Insane asylums in Bengal annual reports 1867-1875 - 1867-1875
Year: 1867
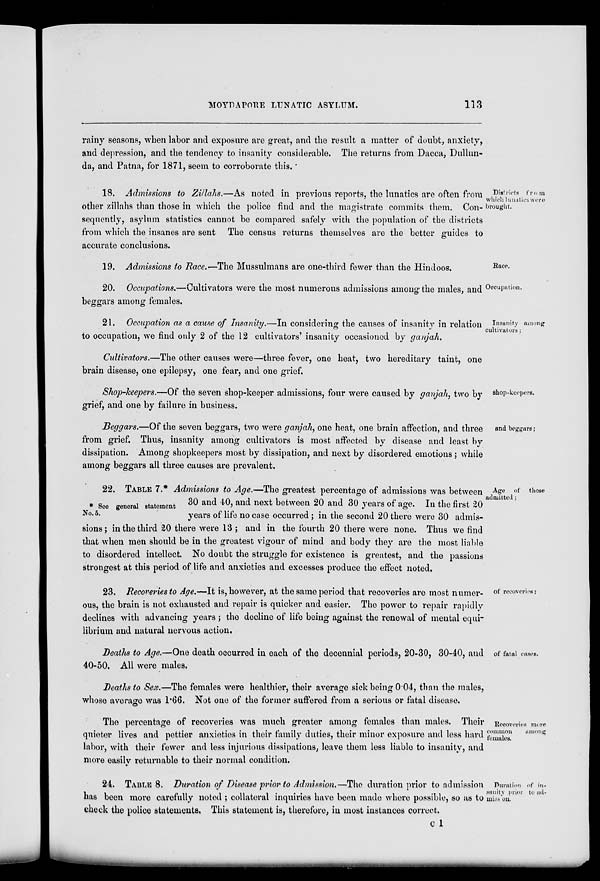
MOYDAPORE LUNATIC ASYLUM.
113
rainy seasons, when labor and exposure are great, and the result a matter of doubt, anxiety,
and depression, and the tendency to insanity considerable. The returns from Dacca, Dullun-
da, and Patna, for 1871, seem to corroborate this.
Districts from
which lunatics were
brought.
18. Admissions to Zillahs.—As noted in previous reports, the lunatics are often from
other zillahs than those in which the police find and the magistrate commits them. Con-
sequently, asylum statistics cannot be compared safely with the population of the districts
from which the insanes are sent The census returns themselves are the better guides to
accurate conclusions.
Race.
19. Admissions to Race.—The Mussulmans are one-third fewer than the Hindoos.
Occupation.
20. Occupations.—Cultivators were the most numerous admissions among' the males, and
beggars among females.
Insanity among
cultivators;
21. Occupation as a cause of Insanity.—In considering the causes of insanity in relation
to occupation, we find only 2 of the 12 cultivators' insanity occasioned by ganjah.
Cultivators.—The other causes were—three fever, one heat, two hereditary taint, one
brain disease, one epilepsy, one fear, and one grief.
shop-keepers.
Shop-keepers.—Of the seven shop-keeper admissions, four were caused by ganjah, two by
grief, and one by failure in business.
and beggars ;
Beggars.—Of the seven beggars, two were ganjah, one heat, one brain affection, and three
from grief. Thus, insanity among cultivators is most affected by disease and least by
dissipation. Among shopkeepers most by dissipation, and next by disordered emotions; while
among beggars all three causes are prevalent.
Age of those
admitted;
* See general statement
No. 5.
22. TABLE 7.* Admissions to Age.—The greatest percentage of admissions was between
30 and 40, and next between 20 and 30 years of age. In the first 20
years of life no case occurred ; in the second 20 there were 30 admis-
sions; in the third 20 there were 13 ; and in the fourth 20 there were none. Thus we find
that when men should be in the greatest vigour of mind and body they are the most liable
to disordered intellect. No doubt the struggle for existence is greatest, and the passions
strongest at this period of life and anxieties and excesses produce the effect noted.
of recoveries;
23. Recoveries to Age.—It is, however, at the same period that recoveries are most numer-
ous, the brain is not exhausted and repair is quicker and easier. The power to repair rapidly
declines with advancing years ; the decline of life being against the renewal of mental equi-
librium and natural nervous action.
of fatal cases.
Deaths to Age.—One death occurred in each of the decennial periods, 20-30, 30-40, and
40-50. All were males.
Deaths to Sex.—The females were healthier, their average sick being 0.04, than the males,
whose average was 1.66. Not one of the former suffered from a serious or fatal disease.
Recoveries more
common
among
females.
The percentage of recoveries was much greater among females than males. Their
quieter lives and pettier anxieties in their family duties, their minor exposure and less hard
labor, with their fewer and less injurious dissipations, leave them less liable to insanity, and
more easily returnable to their normal condition.
Duration of in-
sanity prior to ad-
miss on.
24. TABLE 8. Duration of Disease prior to Admission.—The duration prior to admission
has been more carefully noted ; collateral inquiries have been made where possible, so as to
check the police statements, This statement is, therefore, in most instances correct.
c 1